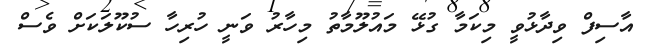
އާސިފް ވިދާޅުވީ މިކަމާ ގުޅޭ މައުލޫމާތު މިހާރު ވަނީ ހުރިހާ ސުކޫލަކަށް ވެސް